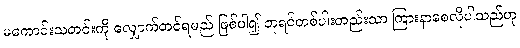
မကောင်းသတင်းကို လျှောက်တင်ရမည် ဖြစ်ပါ၍ ဘုရင်တစ်ပါးတည်းသာ ကြားနာစေလိုပါသည်ဟု